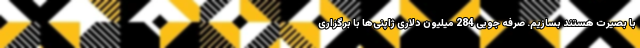
با بصیرت هستند بسازیم. صرفه جویی 284 میلیون دلاری ژاپنی‌ها با برگزاری